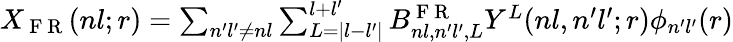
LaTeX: \begin{array}{r}{X_{\mathrm{~F~R~}}(nl;r)=\sum_{n^{\prime}l^{\prime}\neq nl}\sum_{L=|l-l^{\prime}|}^{l+l^{\prime}}B_{nl,n^{\prime}l^{\prime},L}^{\mathrm{~F~R~}}Y^{L}(nl,n^{\prime}l^{\prime};r)\phi_{n^{\prime}l^{\prime}}(r)}\end{array}